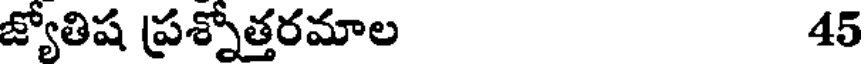
జ్యోతిష ప్రశ్నోత్తరమాల 45